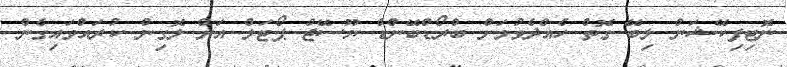
ނޮޓިފިކޭޝަން ލިބޭ ގޮތް ހެއްދެވުމަށް ބްރޯޑްބޭންޑް ޔޫސޭޖް ޕޯޓަލް އަށް ލޮގިން ކުރައްވައިގެން